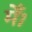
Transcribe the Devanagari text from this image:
मेँ।